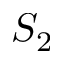
S _ { 2 }